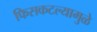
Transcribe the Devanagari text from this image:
फिसकटल्यामुळे